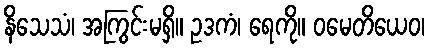
နိသေသံ၊ အကြွင်းမရှိ။ ဥဒကံ၊ ရေကို။ ဝမေတိယေဝ၊